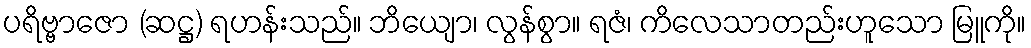
ပရိဗ္ဗာဇော (ဆဋ္ဌ) ရဟန်းသည်။ ဘိယျော၊ လွန်စွာ။ ရဇံ၊ ကိလေသာတည်းဟူသော မြူကို။